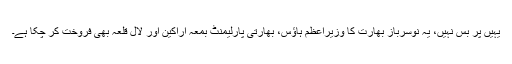
یہیں پر بس نہیں، یہ نوسرباز بھارت کا وزیراعظم ہاﺅس، بھارتی پارلیمنٹ بمعہ اراکین اور لال قلعہ بھی فروخت کر چکا ہے۔